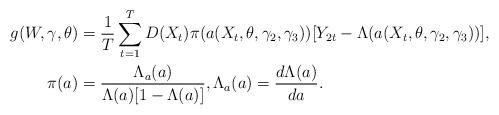
LaTeX: \begin{align*}g(W,\gamma,\theta) & =\frac{1}{T}\sum_{t=1}^{T}D(X_{t})\pi(a(X_{t},\theta,\gamma_{2},\gamma_{3}))[Y_{2t}-\Lambda(a(X_{t},\theta,\gamma_{2},\gamma_{3}))],\\\pi(a) & =\frac{\Lambda_{a}(a)}{\Lambda(a)[1-\Lambda(a)]},\Lambda_{a}(a)=\frac{d\Lambda(a)}{da}.\end{align*}